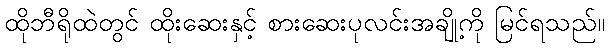
ထိုဘီရိုထဲတွင် ထိုးဆေးနှင့် စားဆေးပုလင်းအချို့ကို မြင်ရသည်။